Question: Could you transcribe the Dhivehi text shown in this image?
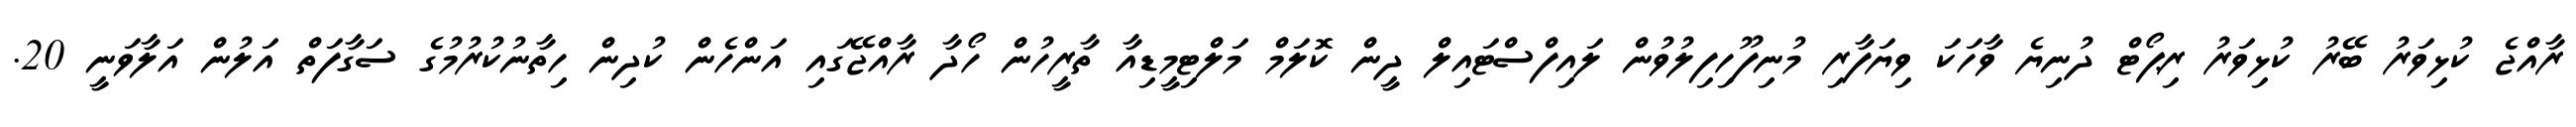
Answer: ރާއްޖެ ކުޅިވަރު ބޭރު ކުޅިވަރު ރިޕޯޓް ދުނިޔެ ވާހަކަ ވިޔަފާރި މުނިފޫހިފިލުވުން ލައިފްސްޓައިލް ދީން ކޮލަމް މަލްޓިމީޑިއާ ތާރީހުން ހޯދާ ރާއްޖޭގައި އަންހެން ކުދިން ހިތާނުކުރުމުގެ ސަގާފަތް އަލުން އަލާވަނީ 20.